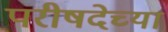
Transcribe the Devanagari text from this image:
परीषदेच्या